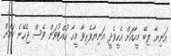
އަނިޔާ ލިބޭ މީހާއަށް އެހީވެދީ އަނިޔާވެރިވާ މީހާ ހުއްޓުވަން ވެސް ޖެހޭނެ ކަމަށް